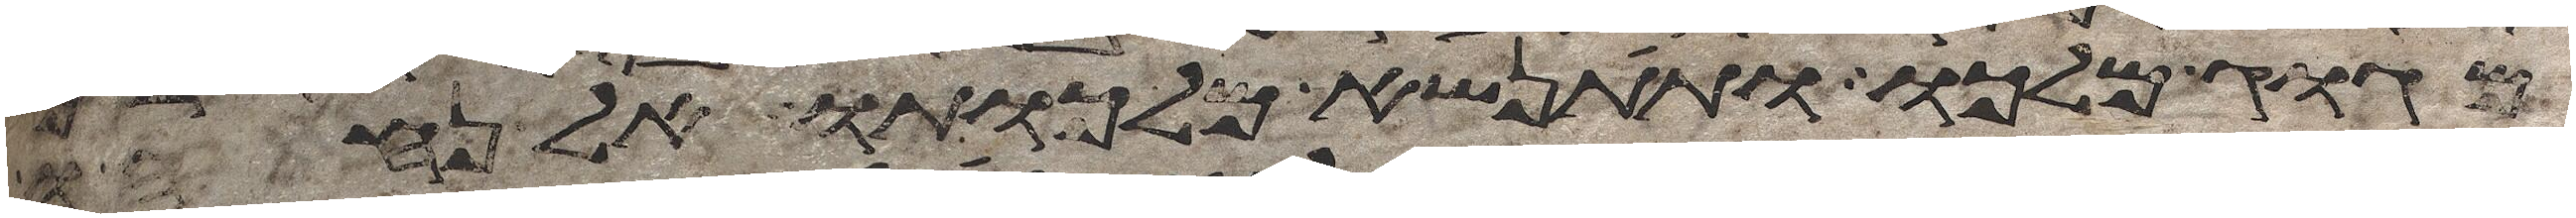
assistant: מגוג מלכו ותתנשא מלכותו אל נחהו